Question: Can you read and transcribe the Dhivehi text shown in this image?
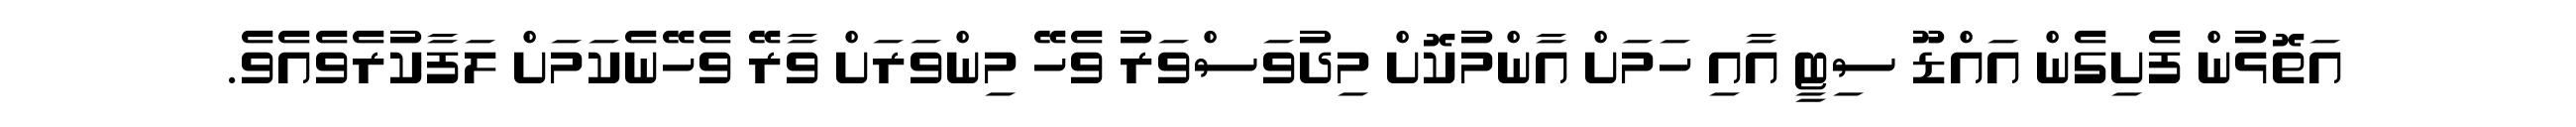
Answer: އަތޮޅުން ފެށިގެން އައްޑޫ ސިޓީ އާއި ހަމަށް އާންމުކޮށް މިދުވަސްވަރު ވެހޭ މިންވަރަށް ވާރޭ ވެހޭނެކަމަށް ލަފާކުރެވެއެވެ.